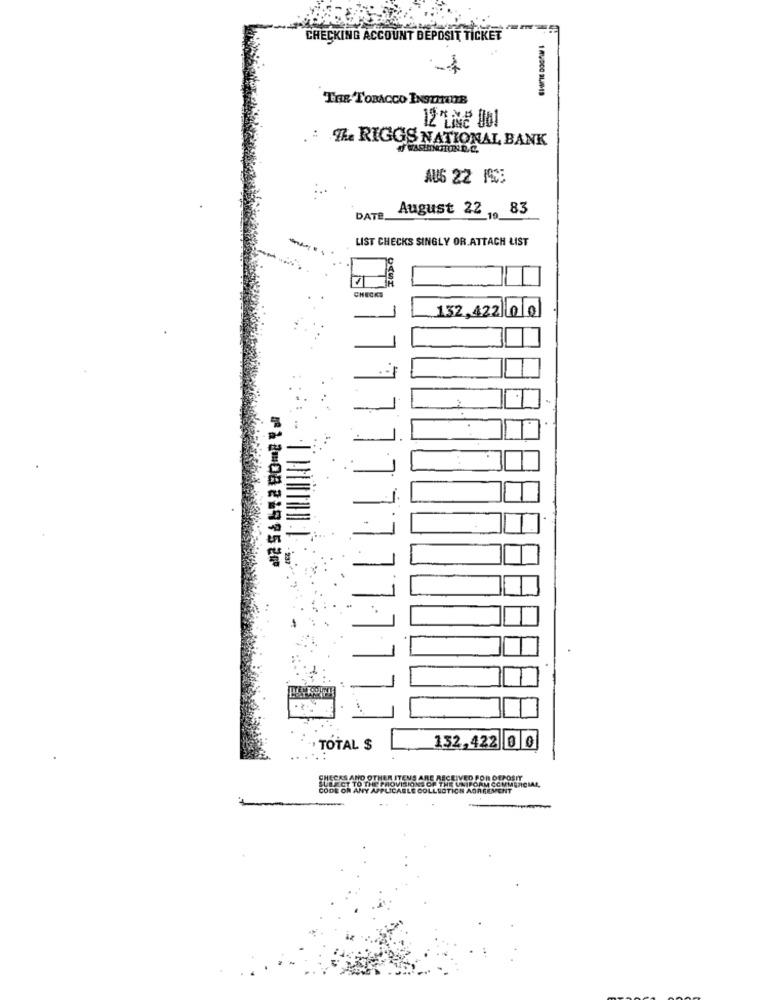
CHECKING ACCOUNT DEPOSIT TICKET
THE TOBACCO INSTMOI78
. : IL RIGGS NATIONAL BANK
AUS 22 19CE
August 22 83
DATE
$10
LIST CHECKS SINGLY OR.ATTACH LIST
CHECKS
132,422 00
⑈12⑉08219752⑈
", TOTAL $
132,422 0 0
KS AND OTHER ITEMS ARE RECEIVED POR DEPOSIY
ESPECT TO THE PROVISIONS OF THE UNIFORM COMMERCIAL
TOR ANY APPLICABLE COLLECTION AGREEMENT